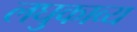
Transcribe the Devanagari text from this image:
लघुकाव्य